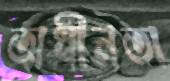
অধীনতা